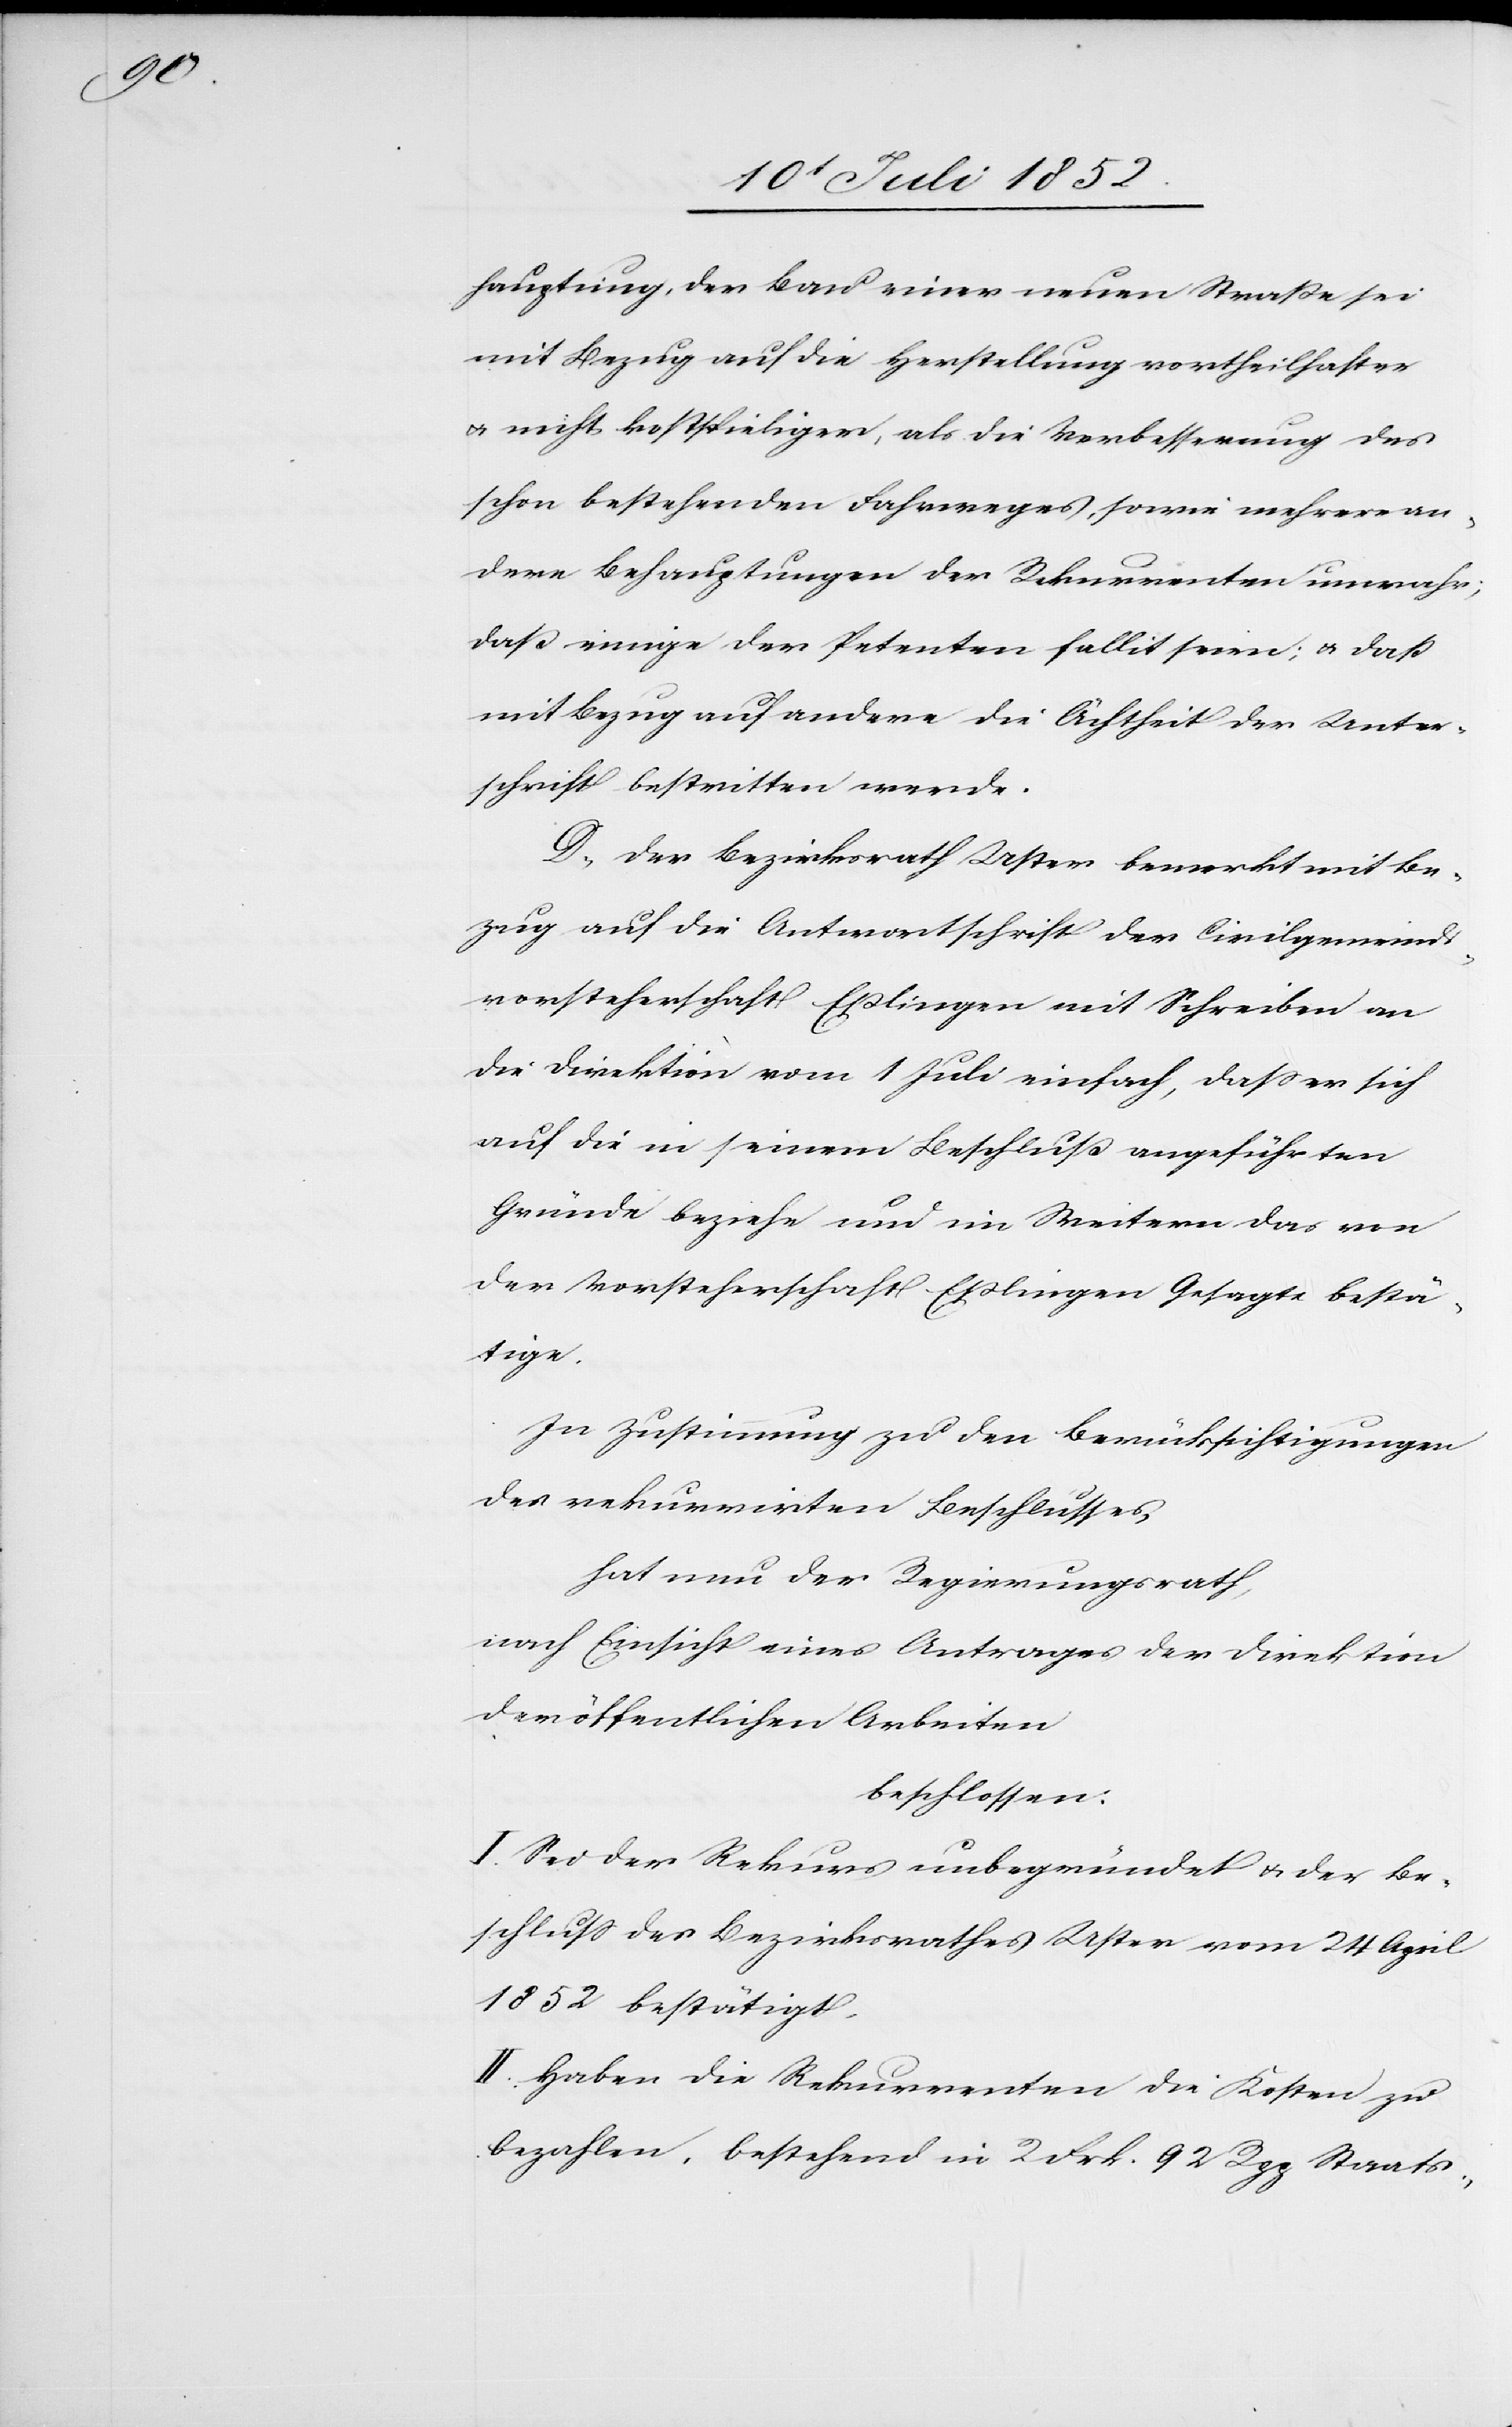
hauptung, der Bau einer neuen Straße sei
mit Bezug auf die Herstellung vortheilhafter
& nicht kostspieliger, als die Verbesserung des
schon bestehenden Fahrweges, sowie mehrere an¬
dere Behauptungen der Rekurrenten unwahr;
daß einige der Petenten fallit seien; & daß
mit Bezug auf andere die Ächtheit der Unter¬
schrift bestritten werde.
D, Der Bezirksrath Uster bemerkt mit Be¬
zug auf die Antwortschrift der Civilgemeinds¬
vorsteherschaft Eßlingen mit Schreiben an
die Direktion vom 1 Juli einfach, dass er sich
auf die in seinem Beschluß angeführten
Gründe beziehe und im Weitern das von
der Vorsteherschaft Eßlingen Gesagte bestä¬
tige.
In Zustimmung zu den Berücksichtigungen
des rekurrirten Beschlusses,
hat nun der Regierungsrath,
nach Einsicht eines Antrages der Direktion
der öffentlichen Arbeiten
beschlossen:
I. Sei der Rekurs unbegründet & der Be¬
schluss des Bezirksrathes Uster vom 24 April
1852 bestätigt.
II. Haben die Rekurrenten die Kosten zu
bezahlen, bestehend in 2 Frk. 92 Rpp Staats-,